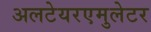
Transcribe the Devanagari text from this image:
अलटेयरएमुलेटर